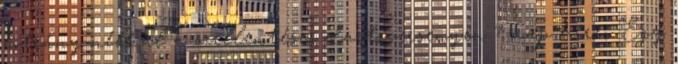
botrány nélkül a szellentéses dartsversenyen 7 nap hírei Egy